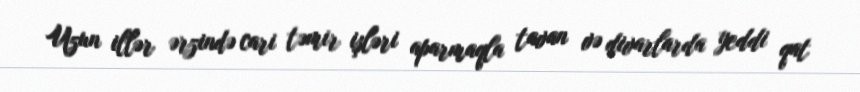
Uzun illər ərzində cari təmir işləri aparmaqla tavan və divarlarda yeddi qat